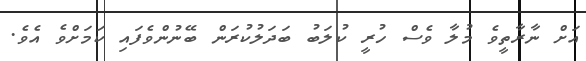
އަށް ނާރާތީވެ މުލާ ވެސް ހުރީ ކުލަބު ބަދަލުކުރަން ބޭނުންވެފައި ކަމަށްވެ އެވެ.